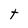
Character: t